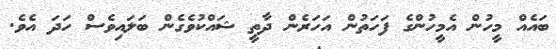
ބައެއް މީހުން އެމީހުންގެ ފަހަތުން އަހަރެން ދާތީ ޝައްކުވެގެން ބަލައިވެސް ހަދަ އެވެ.